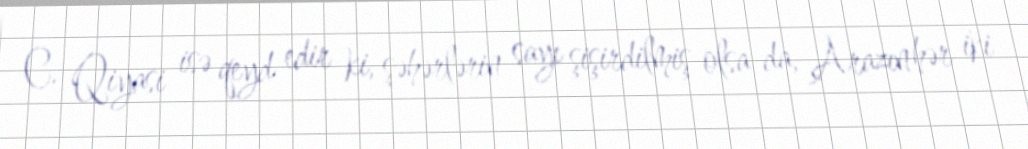
C. Qiyasi isə qeyd edir ki, şəhərlərin sayı şişirdilmiş olsa da, Arazın hər iki